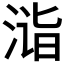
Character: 𣶫